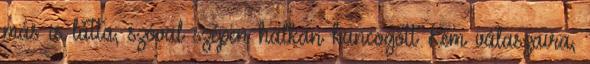
más is látta, szóval szépen halkan kuncogott Kem válaszaira,